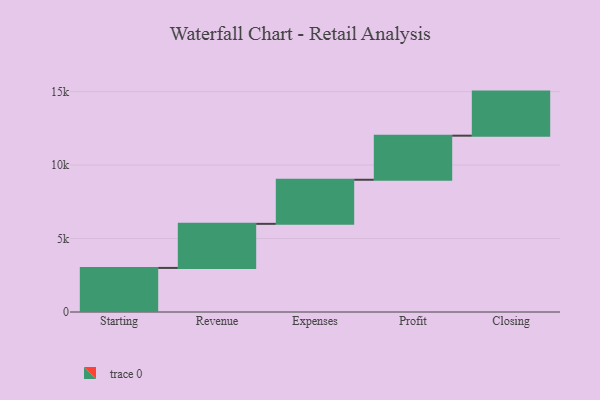
{"axis": {"x": "Step", "y": "Value"}, "legend": [""], "data": [{"x": "Starting", "y": 3000, "type": ""}, {"x": "Revenue", "y": 3000, "type": ""}, {"x": "Expenses", "y": 3000, "type": ""}, {"x": "Profit", "y": 3000, "type": ""}, {"x": "Closing", "y": 3000, "type": ""}]}